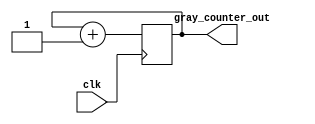
module Timing_Control_and_Synchronization (
    input wire clk,
    output reg [7:0] gray_counter_out
);

reg [7:0] gray_counter;
reg [2:0] divider;

always @(posedge clk) begin
    // Gray counter logic
    gray_counter <= gray_counter + 1;
    
    // Clock divider logic
    if (divider == 7'd0) begin
        divider <= 7'd0;
    end else begin
        divider <= divider + 1;
    end
end

assign gray_counter_out = gray_counter;

endmodule